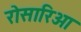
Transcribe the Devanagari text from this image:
रोसारिओ